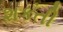
શકતી